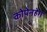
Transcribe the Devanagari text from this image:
कोपेनहेग